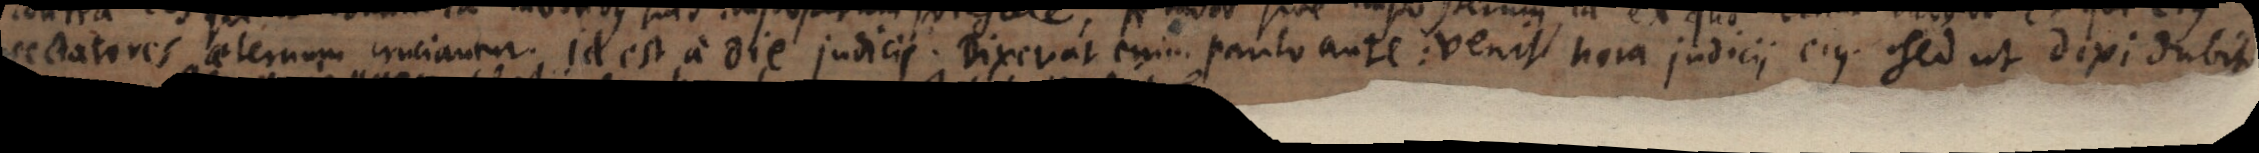
sectatores aeternum cruciantur. Id est a die judicii. Dixerat enim paulo ante: venit hora judicii ejus. Sed ut dixi dubit